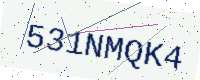
Text: 531NMQK4